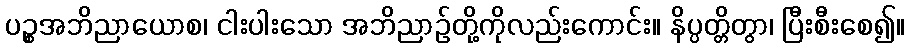
ပဉ္စအဘိညာယောစ၊ ငါးပါးသော အဘိညာဉ်တို့ကိုလည်းကောင်း။ နိပ္ပတ္တိတွာ၊ ပြီးစီးစေ၍။